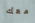
معك